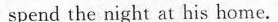
spend the night at his home.